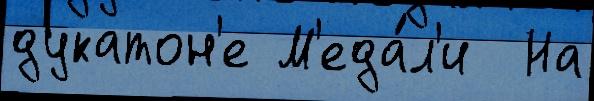
дукатон'е М'еда́л'и  На